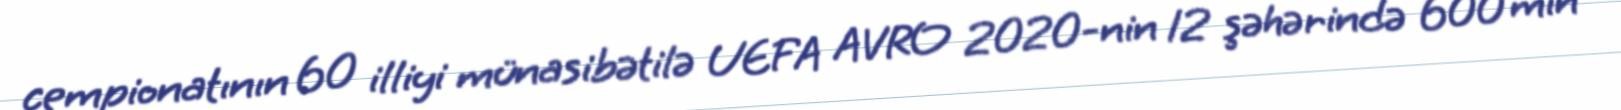
çempionatının 60 illiyi münasibətilə UEFA AVRO 2020-nin 12 şəhərində 600 min